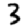
Digit: 3